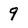
Character: 9